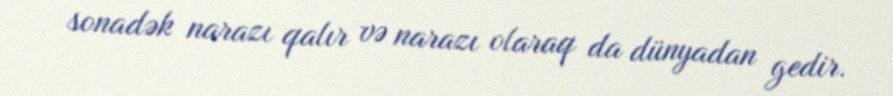
sonadək narazı qalır və narazı olaraq da dünyadan gedir.